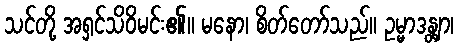
သင်တို့ အရှင်သိဝိမင်း၏။ မနော၊ စိတ်တော်သည်။ ဥမ္မာဒန္တျာ၊